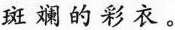
斑斓的彩衣。